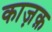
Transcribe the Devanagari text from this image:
काज़क़